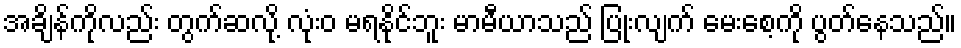
အချိန်ကိုလည်း တွက်ဆလို့ လုံးဝ မရနိုင်ဘူး မာမီယာသည် ပြုံးလျက် မေးစေ့ကို ပွတ်နေသည်။